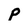
Character: P